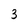
Character: 3